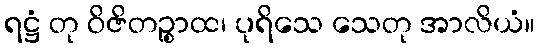
ရဋ္ဌံ တု ဝိဇိတဉ္စာထ၊ ပုရိသေ သေတု အာလိယံ။